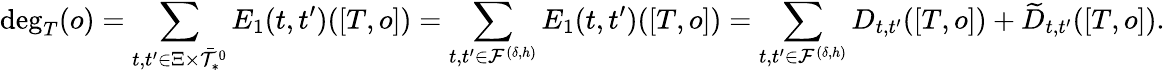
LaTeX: \deg_{T}(o)=\sum_{t,t^{\prime}\in\Xi\times\bar{\mathcal{T}}_{*}^{0}}E_{1}(t,t^{\prime})([T,o])=\sum_{t,t^{\prime}\in\mathcal{F}^{(\delta,h)}}E_{1}(t,t^{\prime})([T,o])=\sum_{t,t^{\prime}\in\mathcal{F}^{(\delta,h)}}D_{t,t^{\prime}}([T,o])+\widetilde{D}_{t,t^{\prime}}([T,o]).